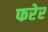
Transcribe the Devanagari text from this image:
फरेर